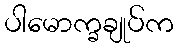
ပါမောက္ခချုပ်က